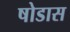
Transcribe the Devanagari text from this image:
षोडास